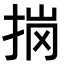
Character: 𭠽